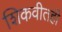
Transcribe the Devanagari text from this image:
शिकवीतही